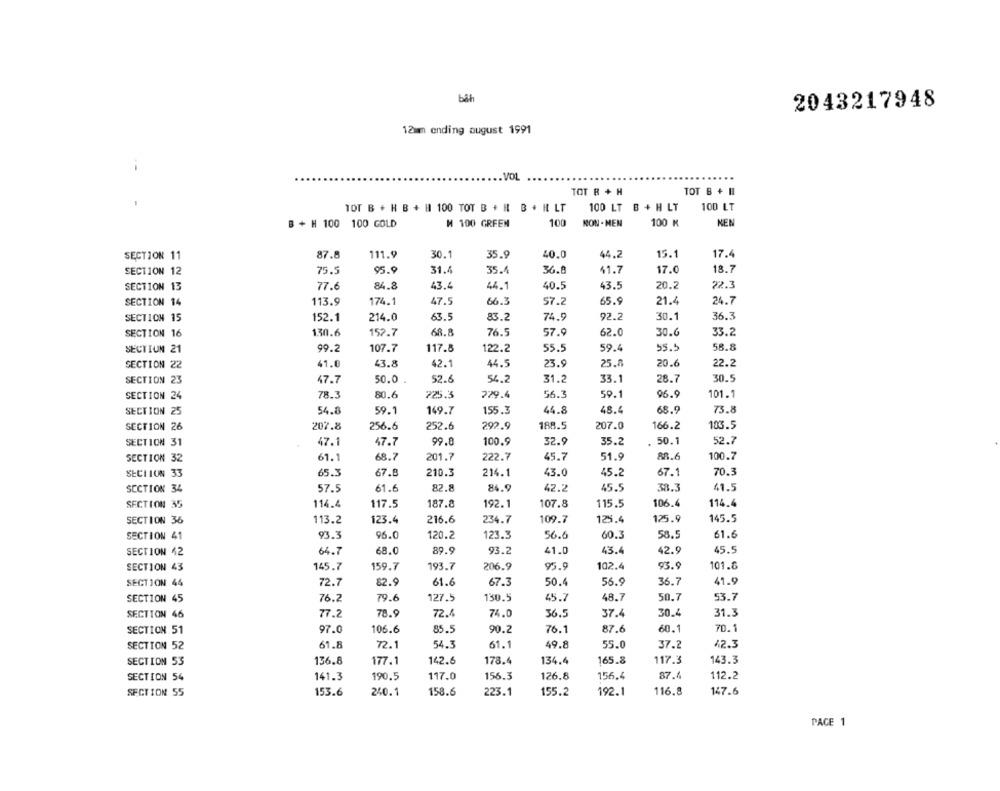
bith
2043217948
12mm ending august 1991
--
VOL
TOT B + II
TOT B + H
100 LT
TOT B + H B + H1 100 TOT B + H1 B + H LT
100 LT B + H LT
M 100 GRFEM
KEN
B + H 100 100 GOLD
100
NON - MEN
100 K
40.0
15.1
17.4
SECTION 11
87.8
111.9
30.1
35.9
44.2
95.9
31.4
36.8
41.7
17.0
18.7
SECTION 12
75.5
35.4
SECTION 13
77.6
84.8
43.4
44.1
40.5
43.5
20.2
22.3
SECTION 14
113.9
174.1
47.5
66.3
57.2
65.9
21.4
24.7
SECTION 15
214.0
83.2
74.9
92.2
30.1
36.3
152.1
63.5
SECTION 16
130.6
152.7
68.8
76.5
57.9
62.0
30.6
33.2
SECTION 21
99.2
107.7
117.8
122.2
55.5
59.4
55.5
58.8
SECTION 22
41.0
43.8
42.1
44.5
23.9
25.8
20.6
22.2
SECTION 23
47.7
50.0
52.6
54.2
31.2
33.1
28.7
30.5
SECTION 24
78.3
80.6
225.3
729.4
56.3
59.1
96.9
101.1
SECTION 25
54.8
59.1
149.7
155.3
44.8
48.4
65.9
75.8
SECTION 26
207.8
256.6
252.6
292.9
188.5
207.0
166.2
103.5
SECTION 31
47.1
47.7
99.8
100.9
32.9
35.2
. 50.1
52.7
SECTION 32
61.1
68.7
201.7
222.7
45.7
51.9
88.6
100.7
SECTION 33
65.3
67.8
210.3
214.1
43.0
45.2
67.1
70.3
SECTION 34
57.5
61.6
82.8
84.9
42.2
45.5
38.3
41.5
SECTION 35
114.4
117.5
187.8
192.1
107.8
115.5
106.4
114.4
SECTION 36
113.2
123.4
216.6
234.7
109.7
125.4
125.9
145.5
SECTION 41
93.3
96.0
120.2
123.3
56.6
60.3
58.5
61.6
SECTION 42
64.7
68.0
89.9
93.2
41.0
43.4
42.9
45.5
SECTION 43
145.7
159.7
193.7
206.9
95.9
102.4
93.9
101.6
SECTION 44
72.7
82.9
61.6
67.3
50.4
56.9
36.7
41.9
SECTION 45
76.2
79.6
127.5
130.5
45.7
48.7
50.7
53.7
SECTION 46
77.2
78.9
72.4
74.0
36.5
37.
30.4
31.3
SECTION 51
97.0
106.6
85.5
90.2
76.1
87.6
60.1
70.1
SECTION 52
61.8
72.1
54.3
61.1
49.8
55.0
37.2
42.3
SECTION 53
136.8
177.1
142.6
178.4
134.4
165.8
117.3
143.3
SECTION 54
141.3
190.5
117.0
156.3
126.8
156.4
87.4
112.2
SECTION 55
153.6
240.1
158.6
223.1
155.2
192.1
116.8
147.6
PAGE 1